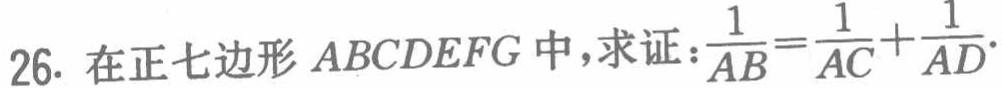
在正七边形 \(ABCDEFG\) 中，求证：\(\frac{1}{AB}=\frac{1}{AC}+\frac{1}{AD}\)